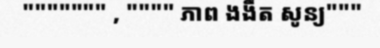
""""""" , """" ភាព ងងឹត សូន្យ"""